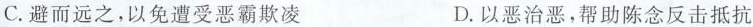
C.避而远之，以免遭受恶霸欺凌 D.以恶治恶，帮助陈念反击抵抗